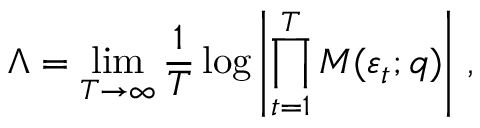
\Lambda = \operatorname* { l i m } _ { T \to \infty } \frac { 1 } { T } \log \left| \prod _ { t = 1 } ^ { T } \boldsymbol { M } ( \varepsilon _ { t } ; \boldsymbol { q } ) \right| \, ,